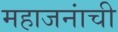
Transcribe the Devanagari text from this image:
महाजनांची